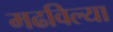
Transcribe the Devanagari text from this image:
मढविल्या